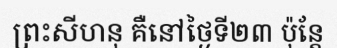
ព្រះសីហនុ គឺនៅថ្ងៃទី២៣ ប៉ុន្តែ